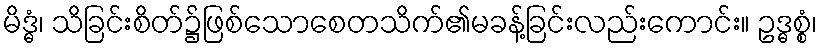
မိဒ္ဓံ၊ သိခြင်းစိတ်၌ဖြစ်သောစေတသိက်၏မခန့်ခြင်းလည်းကောင်း။ ဥဒ္ဓစ္စံ၊